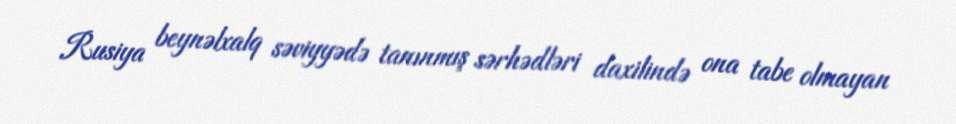
Rusiya beynəlxalq səviyyədə tanınmış sərhədləri daxilində ona tabe olmayan